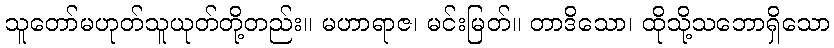
သူတော်မဟုတ်သူယုတ်တို့တည်း။ မဟာရာဇ၊ မင်းမြတ်။ တာဒိသော၊ ထိုသို့သဘောရှိသော